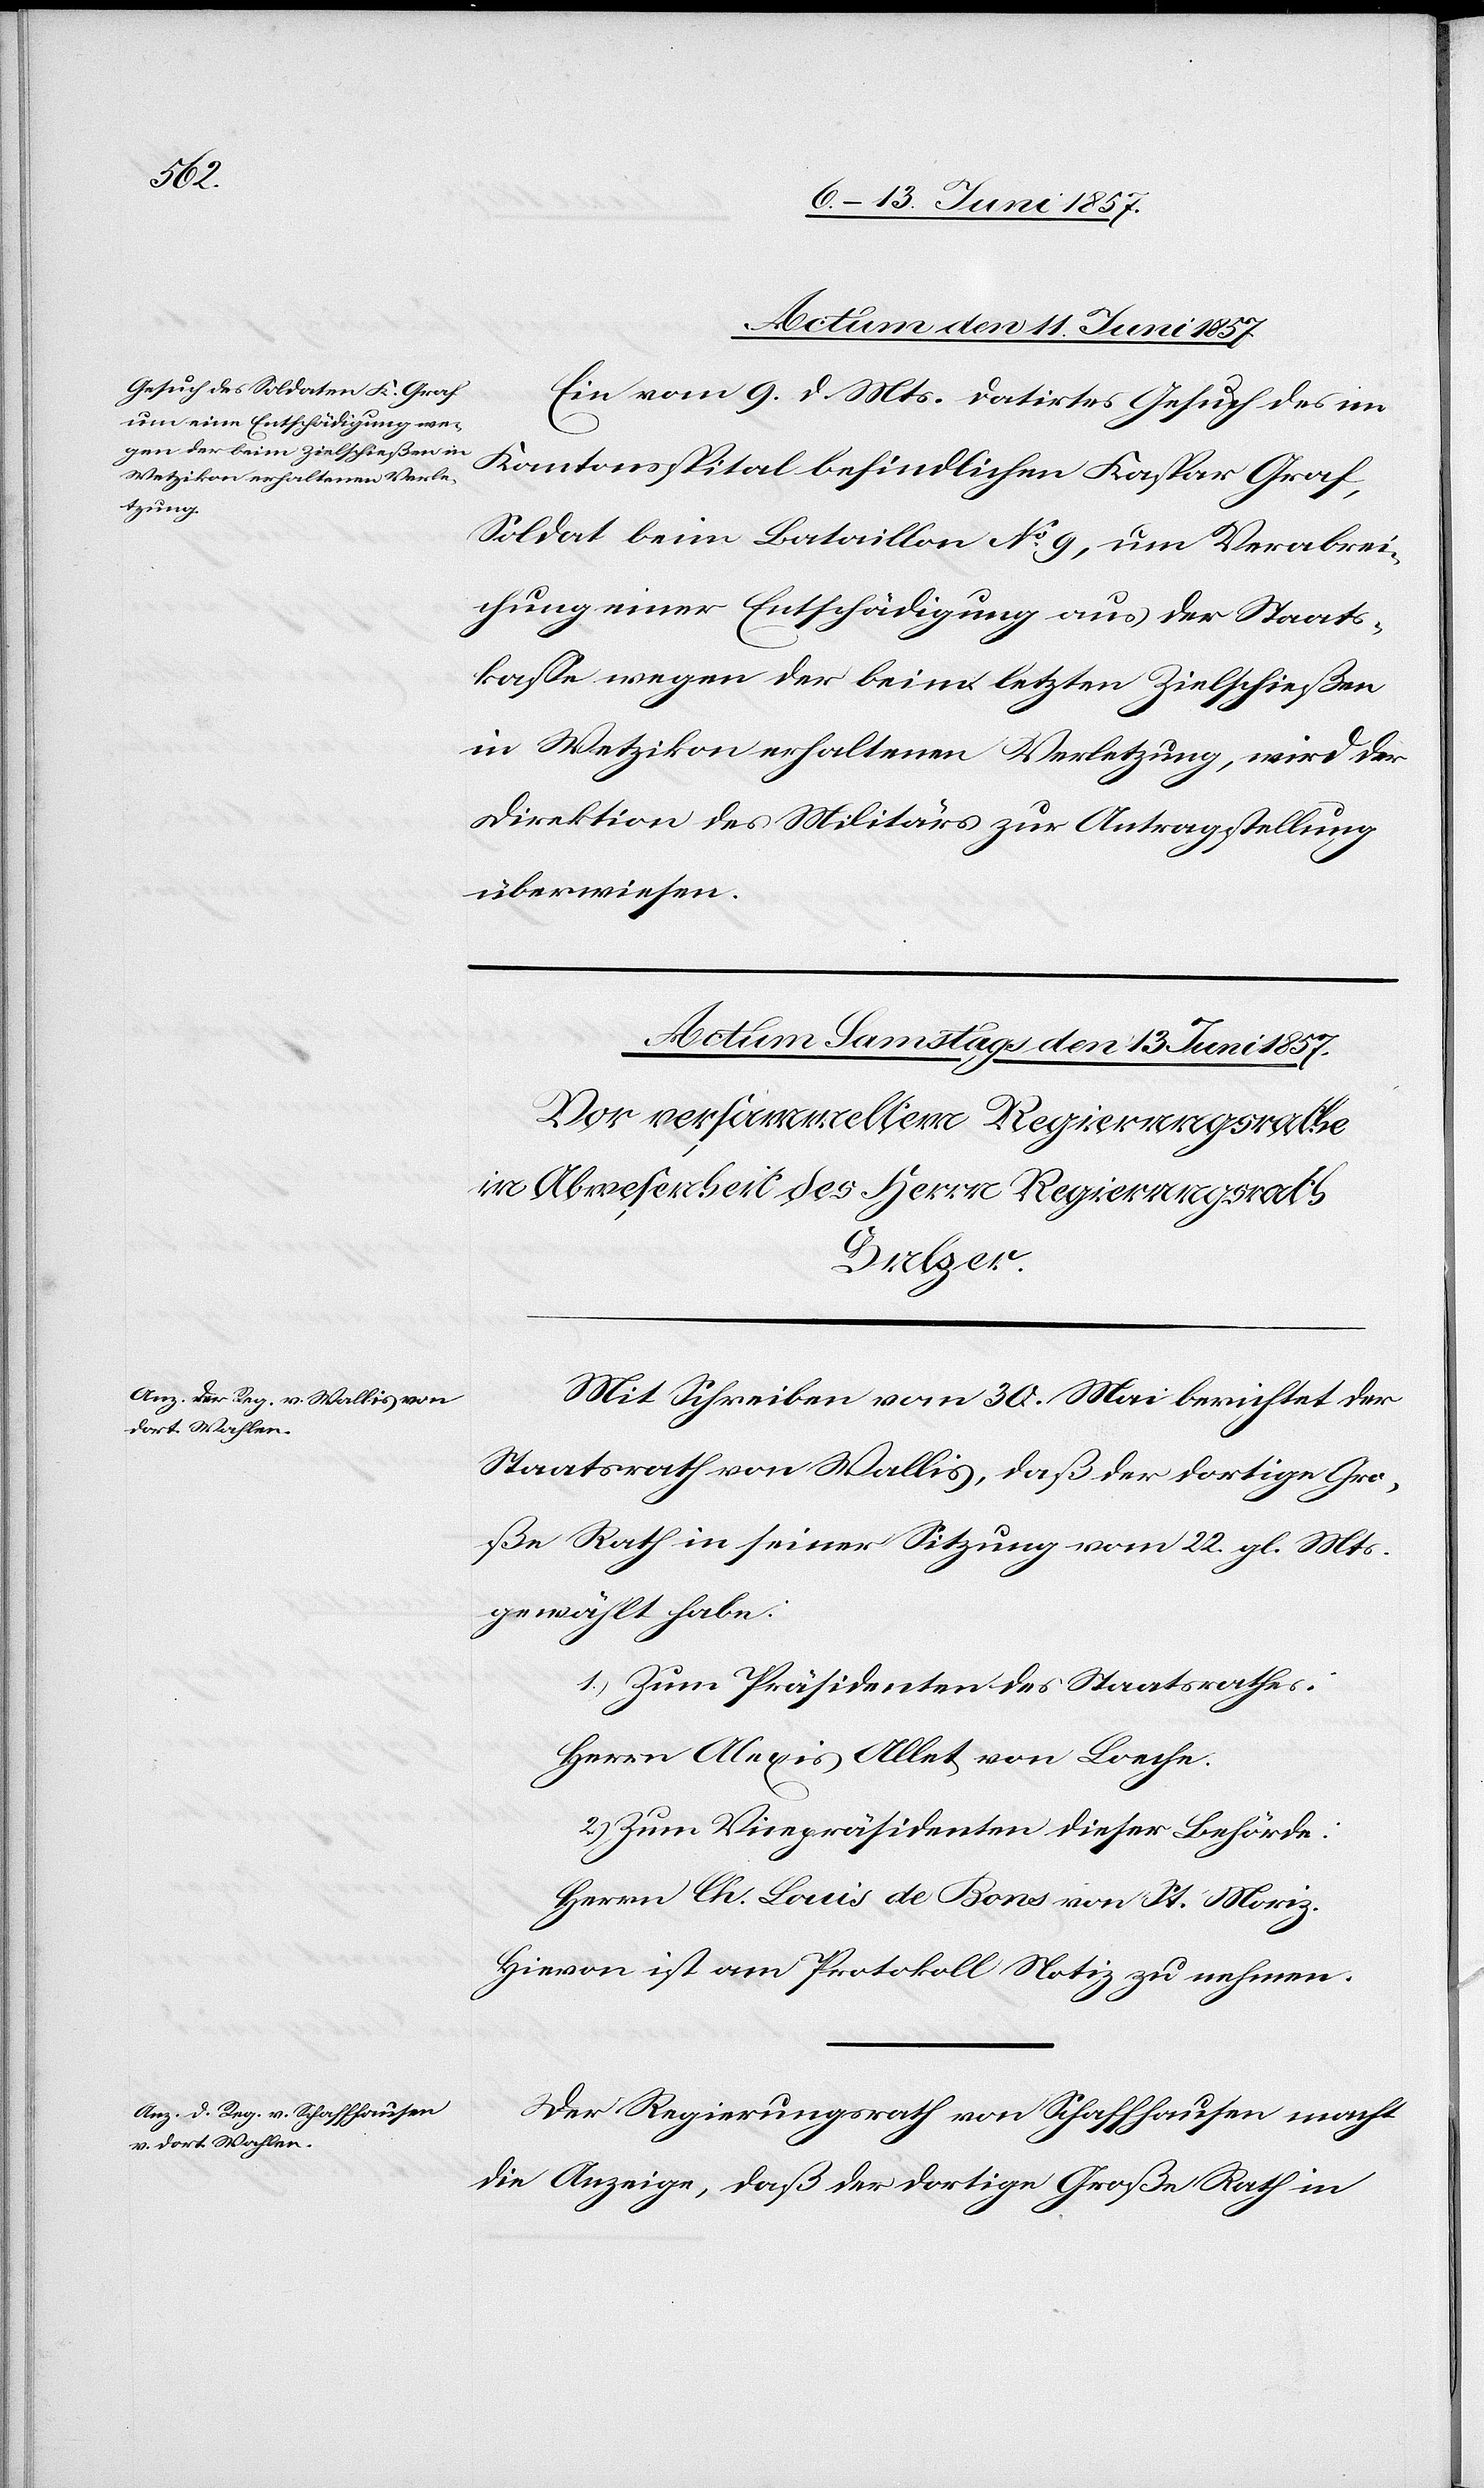
Actum den 11 Juni 1857.
Ein vom 9 d. Mts. datirtes Gesuch des im
Kantonsspital befindlichen Kaspar Graf,
Soldat beim Bataillon No 9, um Verabrei¬
chung einer Entschädigung aus der Staats¬
kasse wegen der beim letzten Zielschießen
in Wetzikon erhaltenen Verletzung, wird der
Direktion des Militärs zur Antragstellung
überwiesen.
Mit Schreiben vom 30 Mai berichtet der
Staatsrath von Wallis, daß der dortige Gro¬
ße Rath in seiner Sitzung vom 22 gl. Mts.
gewählt habe:
1.) Zum Präsidenten des Staatsrathes:
Herrn Alexis Allet von Loeche.
2.) Zum Vicepräsidenten dieser Behörde:
Herrn Ch. Louis de Bons von St. Moriz.
Hievon ist am Protokoll Notiz zu nehmen.
Der Regierungsrath von Schaffhausen macht
die Anzeige, daß der dortige Große Rath in